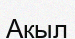
Акыл